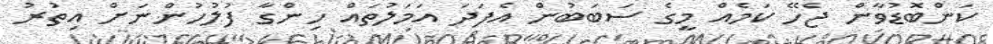
ކަންބޮޑުވާން ޖެހޭ ކަމެއް މީގެ ސަބަބުން އެފަދަ އަމަލުތައް ހިންގާ ފުލުހުންނަށް އިތުރު